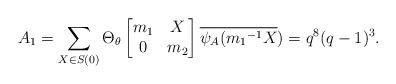
LaTeX: \begin{align*} A_{1}=\sum_{X \in S(0)}\Theta_{\theta} \begin{bmatrix} m_{1} & X\\ 0 & m_{2}\end{bmatrix}\overline{\psi_A({m_{1}}^{-1}X})=q^{8}(q-1)^{3}.\end{align*}